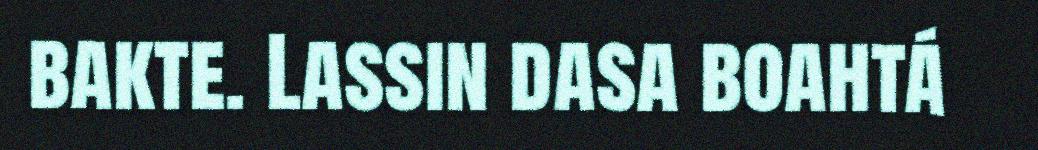
bakte. Lassin dasa boahtá